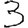
Digit: 3